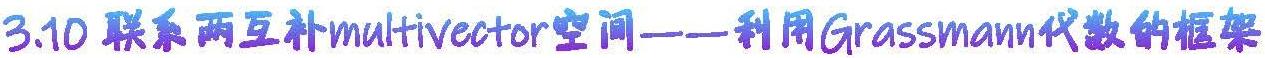
3.10 联系两互补multivector空间——利用Grassmann代数的框架